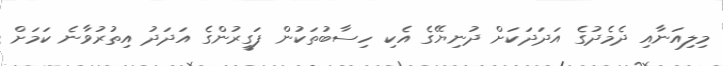
މިލިއަނާއި ދެމެދުގެ އަދަދަކަށް ދުނިޔޭގެ އެކި ހިސާބުތަކުން ފަގީރުންގެ އަދަދު އިތުރުވާނެ ކަމަށް